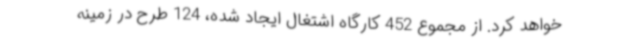
خواهد کرد. از مجموع 452 کارگاه اشتغال ایجاد شده، 124 طرح در زمینه